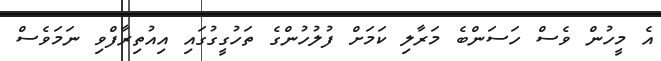
އެ މީހުން ވެސް ހަސަންބެ މަރާލި ކަމަށް ފުލުހުންގެ ތަހުގީގުގައި އިއުތިރާފްވި ނަމަވެސް